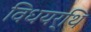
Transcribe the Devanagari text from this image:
विधयर्थि